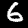
Digit: 6